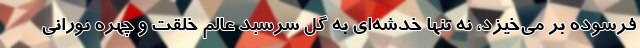
فرسوده بر می‌خیزد، نه تنها خدشه‌ای به گل سرسبد عالم خلقت و چهره نورانی